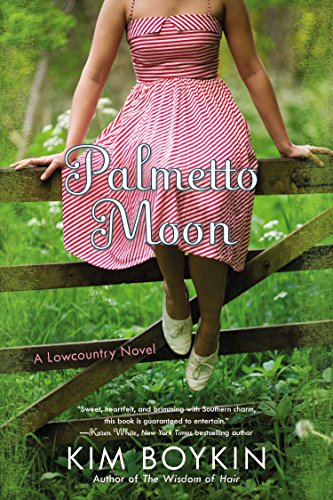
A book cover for Palmetto Moon: A Lowcountry Novel; Kim Boykin; Literature & Fiction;